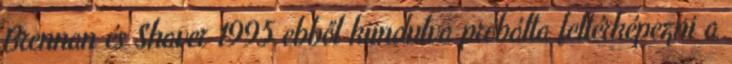
Brennan és Shaver 1995 ebből kiindulva próbálta feltérképezni a